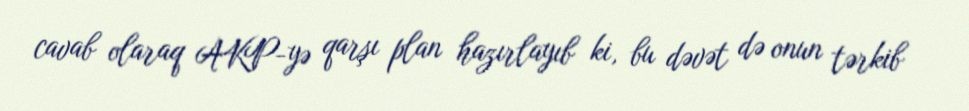
cavab olaraq AKP-yə qarşı plan hazırlayıb ki, bu dəvət də onun tərkib